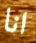
انا